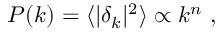
P ( k ) = \langle | \delta _ { k } | ^ { 2 } \rangle \propto k ^ { n } \ ,